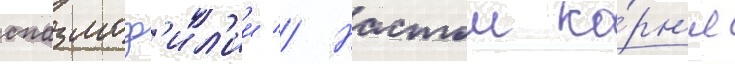
спазмоф'ил'ии // Настои ко́рн'я